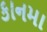
કાનમા